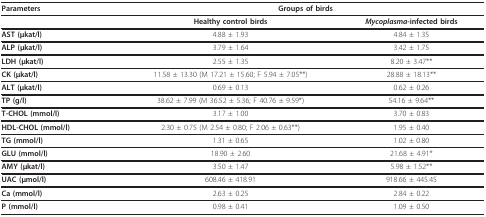
<table><thead><tr><td><b>Parameters</b></td><td colspan="2"><b>Groups of birds</b></td></tr></thead><tbody><tr><td></td><td><b>Healthy control birds</b></td><td><b><i>Mycoplasma</i>-infected birds</b></td></tr><tr><td><b>AST (μkat/l)</b></td><td>4.88 ± 1.93</td><td>4.84 ± 1.35</td></tr><tr><td><b>ALP (μkat/l)</b></td><td>3.79 ± 1.64</td><td>3.42 ± 1.75</td></tr><tr><td><b>LDH (μkat/l)</b></td><td>2.55 ± 1.35</td><td>8.20 ± 3.47**</td></tr><tr><td><b>CK (μkat/l)</b></td><td>11.58 ± 13.30 (M 17.21 ± 15.60; F 5.94 ± 7.05**)</td><td>28.88 ± 18.13**</td></tr><tr><td><b>ALT (μkat/l)</b></td><td>0.69 ± 0.13</td><td>0.62 ± 0.26</td></tr><tr><td><b>TP (g/l)</b></td><td>38.62 ± 7.99 (M 36.52 ± 5.36; F 40.76 ± 9.59*)</td><td>54.16 ± 9.64**</td></tr><tr><td><b>T-CHOL (mmol/l)</b></td><td>3.17 ± 1.00</td><td>3.70 ± 0.83</td></tr><tr><td><b>HDL-CHOL (mmol/l)</b></td><td>2.30 ± 0.75 (M 2.54 ± 0.80; F 2.06 ± 0.63**)</td><td>1.95 ± 0.40</td></tr><tr><td><b>TG (mmol/l)</b></td><td>1.31 ± 0.65</td><td>1.02 ± 0.80</td></tr><tr><td><b>GLU (mmol/l)</b></td><td>18.90 ± 2.60</td><td>21.68 ± 4.91*</td></tr><tr><td><b>AMY (μkat/l)</b></td><td>3.50 ± 1.47</td><td>5.98 ± 1.52**</td></tr><tr><td><b>UAC (μmol/l)</b></td><td>608.46 ± 418.91</td><td>918.66 ± 445.45</td></tr><tr><td><b>Ca (mmol/l)</b></td><td>2.63 ± 0.25</td><td>2.84 ± 0.22</td></tr><tr><td><b>P (mmol/l)</b></td><td>0.98 ± 0.41</td><td>1.09 ± 0.50</td></tr></tbody></table>